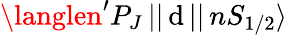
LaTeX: \langlen^{\prime}P_{J}\, ||\, \mathrm{d}\, ||\, nS_{1/2}\rangle